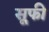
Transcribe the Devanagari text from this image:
स़ूफी